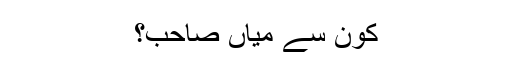
کون سے میاں صاحب؟